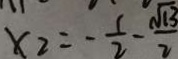
x _ { 2 } = - \frac { 1 } { 2 } - \frac { \sqrt { 1 3 } } { 2 }